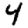
Digit: 4